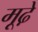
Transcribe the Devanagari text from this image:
मूढे़